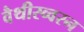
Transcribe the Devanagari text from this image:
वैथीस्व्वरन